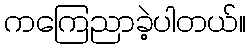
ကကြေညာခဲ့ပါတယ်။